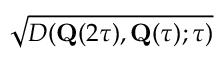
\sqrt { D ( \mathbf { Q } ( 2 \tau ) , \mathbf { Q } ( \tau ) ; \tau ) }